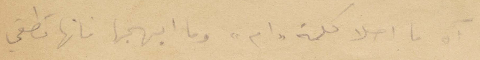
آه ما احلى كلمة "ام" وما ابهاها فانها تطفي